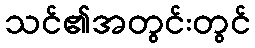
သင်၏အတွင်းတွင်